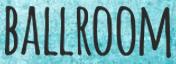
BALLROOM